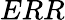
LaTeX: ERR